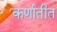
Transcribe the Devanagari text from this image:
कर्णातीत